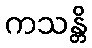
ကသန္တိ